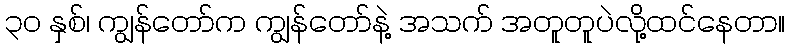
၃၀ နှစ်၊ ကျွန်တော်က ကျွန်တော်နဲ့ အသက် အတူတူပဲလို့ထင်နေတာ။